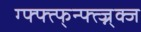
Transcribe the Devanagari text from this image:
ग्फ्फ्त्फ्न्फ्त्ज्न्क्ज